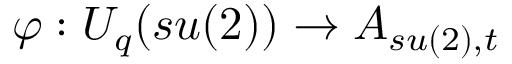
\varphi : U _ { q } ( s u ( 2 ) ) \rightarrow A _ { s u ( 2 ) , t }